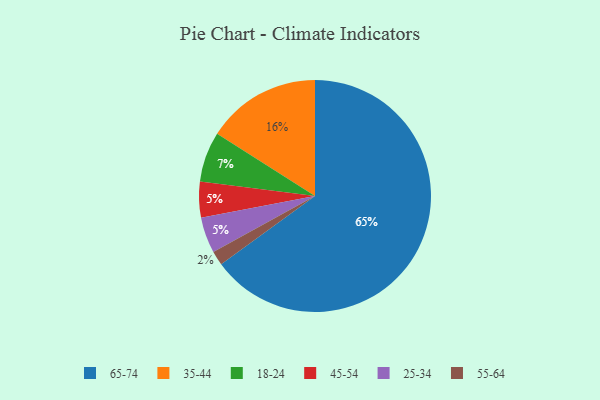
{"axis": {"x": "Category", "y": "Percentage"}, "legend": ["18-24", "25-34", "35-44", "45-54", "55-64", "65-74"], "data": [{"x": "65-74", "y": 65, "type": "65-74"}, {"x": "18-24", "y": 7, "type": "18-24"}, {"x": "45-54", "y": 5, "type": "45-54"}, {"x": "25-34", "y": 5, "type": "25-34"}, {"x": "35-44", "y": 16, "type": "35-44"}, {"x": "55-64", "y": 2, "type": "55-64"}]}